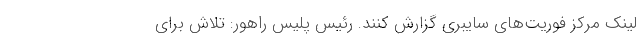
لینک مرکز فوریت‌های سایبری گزارش کنند. رئیس پلیس راهور: تلاش برای